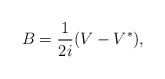
\begin{align*}B=\frac{1}{2i}(V-V^{*}),\end{align*}